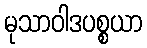
မုသာဝါဒပစ္စယာ